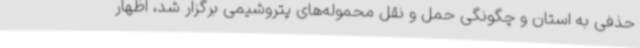
حذفی به استان و چگونگی حمل و نقل محموله‌های پتروشیمی برگزار شد، اظهار